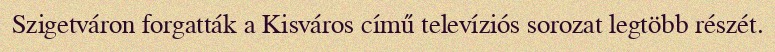
Szigetváron forgatták a Kisváros című televíziós sorozat legtöbb részét.